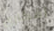
أفكاري